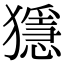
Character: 𤢦